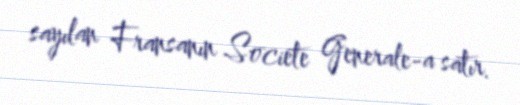
sayılan Fransanın Societe Generale-a satır.